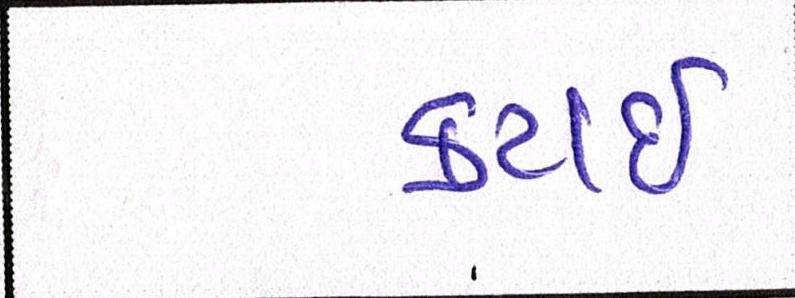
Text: કટાઈ